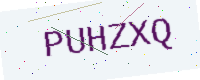
Text: PUHZXQ